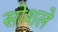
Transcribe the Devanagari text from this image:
सोशले